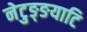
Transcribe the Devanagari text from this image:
नेटुङ्ङयाटि